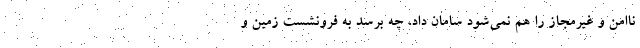
ناامن و غیرمجاز را هم نمی‌شود سامان داد، چه برسد به فرونشست زمین و